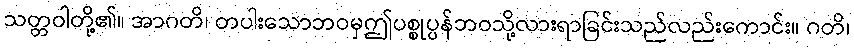
သတ္တဝါတို့၏။ အာဂတိ၊ တပါးသောဘဝမှဤပစ္စုပ္ပန်ဘဝသို့လားရာခြင်းသည်လည်းကောင်း။ ဂတိ၊